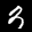
Label: 3